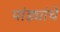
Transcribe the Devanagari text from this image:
पांड्यांचे